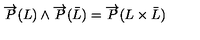
\overrightarrow { P } ( L ) \wedge \overrightarrow { P } ( \bar { L } ) = \overrightarrow { P } ( L \times \bar { L } )